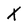
Character: X